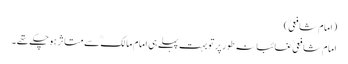
(امام شافعیؒ )
امام شافعیؒ غائبانہ طورپر تو بہت پہلے ہی امام مالکؒ سے متاثر ہوچکے تھے ۔